Rangoon Lunatic Asylum 1893-1897 - 1893-1897
Year: 1893
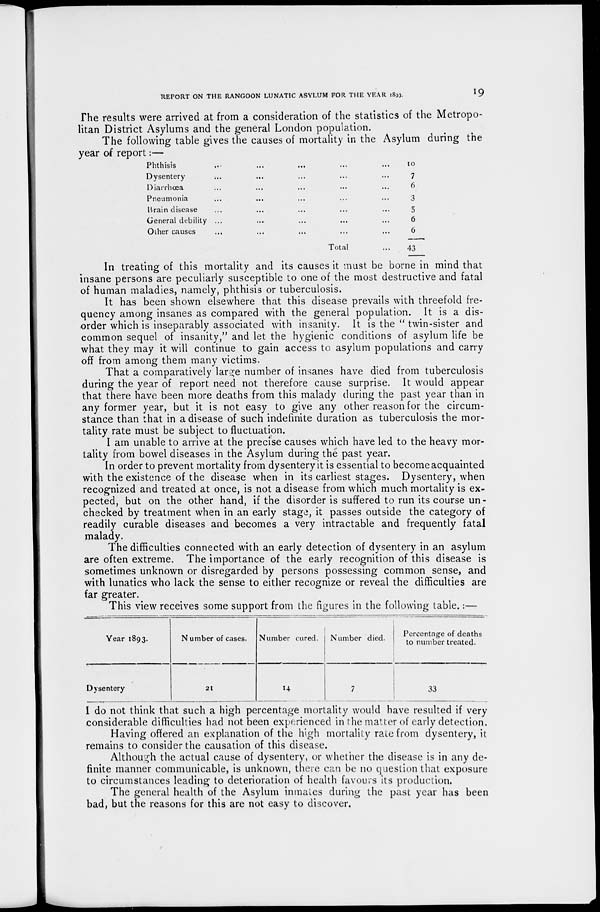
REPORT ON THE RANGOON LUNATIC ASYLUM FOR THE YEAR 1893.
19
The results were arrived at from a consideration of the statistics of the Metropo-
litan District Asylums and the general London population.
The following table gives the causes of mortality in the Asylum during the
year of report:—
Phthisis ... ... ... ... ...
Dysentery ... ... ... ... ...
Diarrhoea ... ... ... ... ...
Pneumonia ... ... ... ... ...
Brain disease ... ... ... ... ...
General debility ... ... ... ... ...
Other causes ... ... ... ... ...
Total ...
10
7
6
3
5
6
6
43
In treating of this mortality and its causes it must be borne in mind that
insane persons are peculiarly susceptible to one of the most destructive and fatal
of human maladies, namely, phthisis or tuberculosis.
It has been shown elsewhere that this disease prevails with threefold fre-
quency among insanes as compared with the general population. It is a dis-
order which is inseparably associated with insanity. It is the " twin-sister and
common sequel of insanity," and let the hygienic conditions of asylum life be
what they may it will continue to gain access to asylum populations and carry
off from among them many victims.
That a comparatively large number of insanes have died from tuberculosis
during the year of report need not therefore cause surprise. It would appear
that there have been more deaths from this malady during the past year than in
any former year, but it is not easy to give any other reason for the circum-
stance than that in a disease of such indefinite duration as tuberculosis the mor-
tality rate must be subject to fluctuation.
I am unable to arrive at the precise causes which have led to the heavy mor-
tality from bowel diseases in the Asylum during the past year.
In order to prevent mortality from dysentery it is essential to become acquainted
with the existence of the disease when in its earliest stages. Dysentery, when
recognized and treated at once, is not a disease from which much mortality is ex¬
pected, but on the other hand, if the disorder is suffered to run its course un-
checked by treatment when in an early stage, it passes outside the category of
readily curable diseases and becomes a very intractable and frequently fatal
malady.
The difficulties connected with an early detection of dysentery in an asylum
are often extreme. The importance of the early recognition of this disease is
sometimes unknown or disregarded by persons possessing common sense, and
with lunatics who lack the sense to either recognize or reveal the difficulties are
far greater.
This view receives some support from the figures in the following table.:—
Year 1893.
Dysentery
Number of cases.
21
Number cured.
14
Number died.
7
Percentage of deaths
to number treated.
33
I do not think that such a high percentage mortality would have resulted if very
considerable difficulties had not been experienced in the matter of early detection.
Having offered an explanation of the high mortality rate from dysentery, it
remains to consider the causation of this disease.
Although the actual cause of dysentery, or whether the disease is in any de-
finite manner communicable, is unknown, there can be no question that exposure
to circumstances leading to deterioration of health favours its production.
The general health of the Asylum inmates during the past year has been
bad, but the reasons for this are not easy to discover.